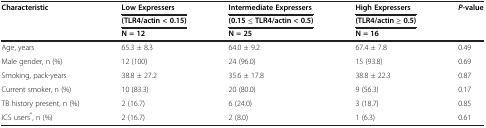
<table><thead><tr><td rowspan="3"><b>Characteristic</b></td><td><b>Low Expressers</b></td><td><b>Intermediate Expressers</b></td><td><b>High Expressers</b></td><td rowspan="3"><b><i>P</i>-value</b></td></tr><tr><td><b>(TLR4/actin &lt; 0.15)</b></td><td><b>(0.15 ≤ TLR4/actin &lt; 0.5)</b></td><td><b>(TLR4/actin ≥ 0.5)</b></td></tr><tr><td><b>N = 12</b></td><td><b>N = 25</b></td><td><b>N = 16</b></td></tr></thead><tbody><tr><td>Age, years</td><td>65.3 ± 8.3</td><td>64.0 ± 9.2</td><td>67.4 ± 7.8</td><td>0.49</td></tr><tr><td>Male gender, n (%)</td><td>12 (100)</td><td>24 (96.0)</td><td>15 (93.8)</td><td>0.69</td></tr><tr><td>Smoking, pack-years</td><td>38.8 ± 27.2</td><td>35.6 ± 17.8</td><td>38.8 ± 22.3</td><td>0.87</td></tr><tr><td>Current smoker, n (%)</td><td>10 (83.3)</td><td>20 (80.0)</td><td>9 (56.3)</td><td>0.17</td></tr><tr><td>TB history present, n (%)</td><td>2 (16.7)</td><td>6 (24.0)</td><td>3 (18.7)</td><td>0.85</td></tr><tr><td>ICS users<sup>*</sup>, n (%)</td><td>2 (16.7)</td><td>2 (8.0)</td><td>1 (6.3)</td><td>0.61</td></tr></tbody></table>